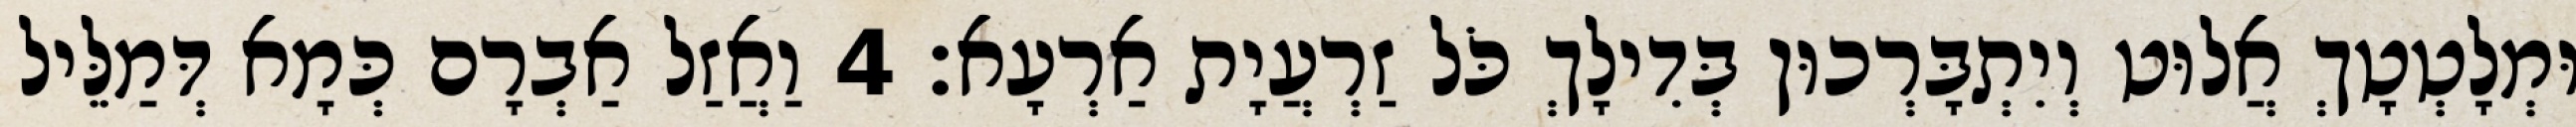
וּמְלָטְטָךְ אֲלוּט וְיִתְבָּרְכוּן בְּדִילָךְ כֹּל זַרְעֲיָת אַרְעָא׃ 4 וַאֲזַל אַבְרָם כְּמָא דְּמַלֵּיל